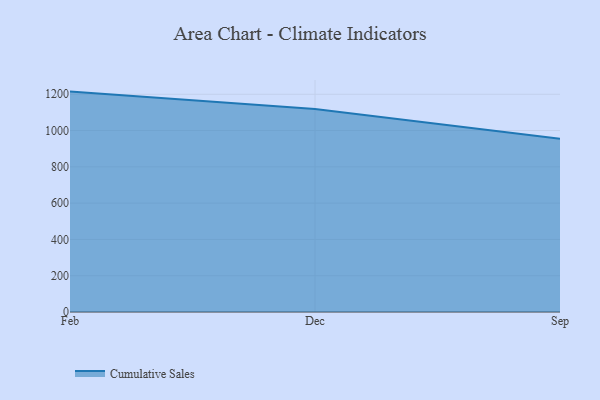
{"axis": {"x": "Month", "y": "Active Users"}, "legend": ["Cumulative Sales"], "data": [{"x": "Feb", "y": 1214.6, "type": "Cumulative Sales"}, {"x": "Dec", "y": 1118.3, "type": "Cumulative Sales"}, {"x": "Sep", "y": 954.8, "type": "Cumulative Sales"}]}